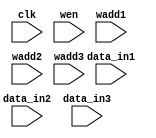
`timescale 1ns / 1ps
//////////////////////////////////////////////////////////////////////////////////
// Company: 
// Engineer: 
// 
// Design Name: 
// Module Name: memory_rstl_max_1
// Project Name: 
// Target Devices: 
// Tool Versions: 
// Description: 
// 
// Dependencies: 
// 
// Revision:
// Revision 0.01 - File Created
// Additional Comments:
// 
//////////////////////////////////////////////////////////////////////////////////


module memory_rstl_max_1
#(
    //memory_rstl_max
    parameter n_c = 5'd26,  //number of column matrix image 
    parameter n_r = 5'd26,  //number of rows matrix image 
    parameter dataWidthImg= 16,
    parameter numWeightRstlConv = 507,
    parameter addressWidthRstlConv = 10, 
    parameter dataWidthRstlConv = 8
)
( 
    input clk,
    input wen,
//    input ren,
    input [addressWidthRstlConv-1:0] wadd1,
    input [addressWidthRstlConv-1:0] wadd2,
    input [addressWidthRstlConv-1:0] wadd3,
//    input [addressWidthRstlConv-1:0] radd1,
//    input [addressWidthRstlConv-1:0] radd2,
    input signed [dataWidthRstlConv-1:0] data_in1,
    input signed [dataWidthRstlConv-1:0] data_in2,
    input signed [dataWidthRstlConv-1:0] data_in3

//    output reg [dataWidthImg-1:0] rdata0,
//    output reg [dataWidthImg-1:0] rdata1,
//    output reg [dataWidthImg-1:0] rdata2,
//    output reg [dataWidthImg-1:0] rdata3 

);
    
    reg [dataWidthRstlConv-1:0] mem [numWeightRstlConv-1:0];

//    wire [11-1:0] p_img_0;
//    wire [11-1:0] p_img_1;
//    wire [11-1:0] p_img_2;
//    wire [11-1:0] p_img_3;
    
   
//    assign p_img_0 = (radd2 + 0) + (radd1*n_c);
//    assign p_img_1 = (radd2 + 1) + (radd1*n_c);
//    assign p_img_2 = (radd2 + 26) + (radd1*n_c);
//    assign p_img_3 = (radd2 + 27) + (radd1*n_c);        


    always @(posedge clk)
	begin
	   if (wen & (wadd1 < numWeightRstlConv))
	   begin
	       mem[wadd1] <= data_in1;
	       mem[wadd2] <= data_in2;
	       mem[wadd3] <= data_in3;
	       $display("wadd1_max1, %d",wadd1,data_in1); 

	   end
	end 
    
//    always @(posedge clk)
//    begin
//        if (ren)
//        begin
//            rdata0 <= mem[p_img_0];
//            rdata1 <= mem[p_img_1];
//            rdata2 <= mem[p_img_2];
//            rdata3 <= mem[p_img_3];
//        end
//    end 
    
endmodule